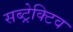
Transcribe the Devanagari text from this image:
सब्ट्रेक्टिव